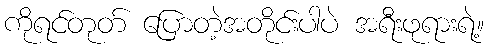
ကိုရင်တုတ် ပြောတဲ့အတိုင်းပါပဲ အရီးဖုရားရဲ့။